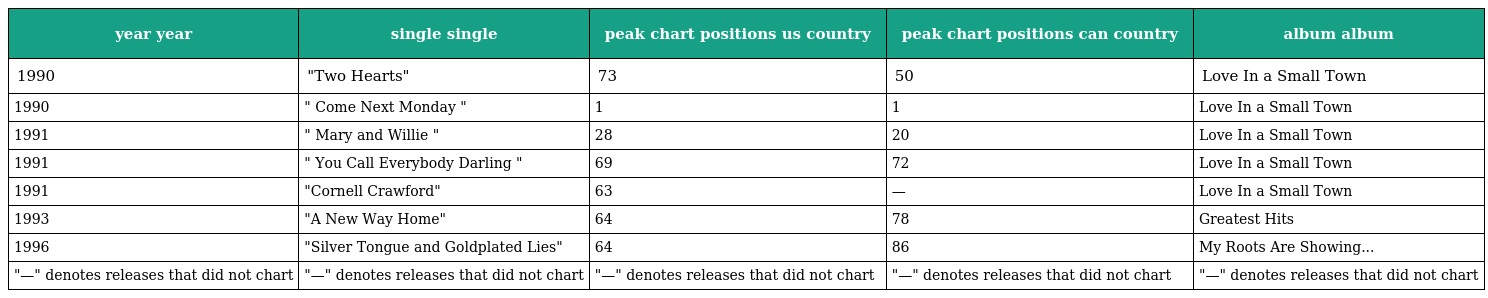
| year year | single single | peak chart positions us country | peak chart positions can country | album album |
 | --- | --- | --- | --- | --- |
 | 1990 | "Two Hearts" | 73 | 50 | Love In a Small Town |
 | 1990 | " Come Next Monday " | 1 | 1 | Love In a Small Town |
 | 1991 | " Mary and Willie " | 28 | 20 | Love In a Small Town |
 | 1991 | " You Call Everybody Darling " | 69 | 72 | Love In a Small Town |
 | 1991 | "Cornell Crawford" | 63 | — | Love In a Small Town |
 | 1993 | "A New Way Home" | 64 | 78 | Greatest Hits |
 | 1996 | "Silver Tongue and Goldplated Lies" | 64 | 86 | My Roots Are Showing... |
 | "—" denotes releases that did not chart | "—" denotes releases that did not chart | "—" denotes releases that did not chart | "—" denotes releases that did not chart | "—" denotes releases that did not chart |